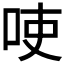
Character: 𱒚